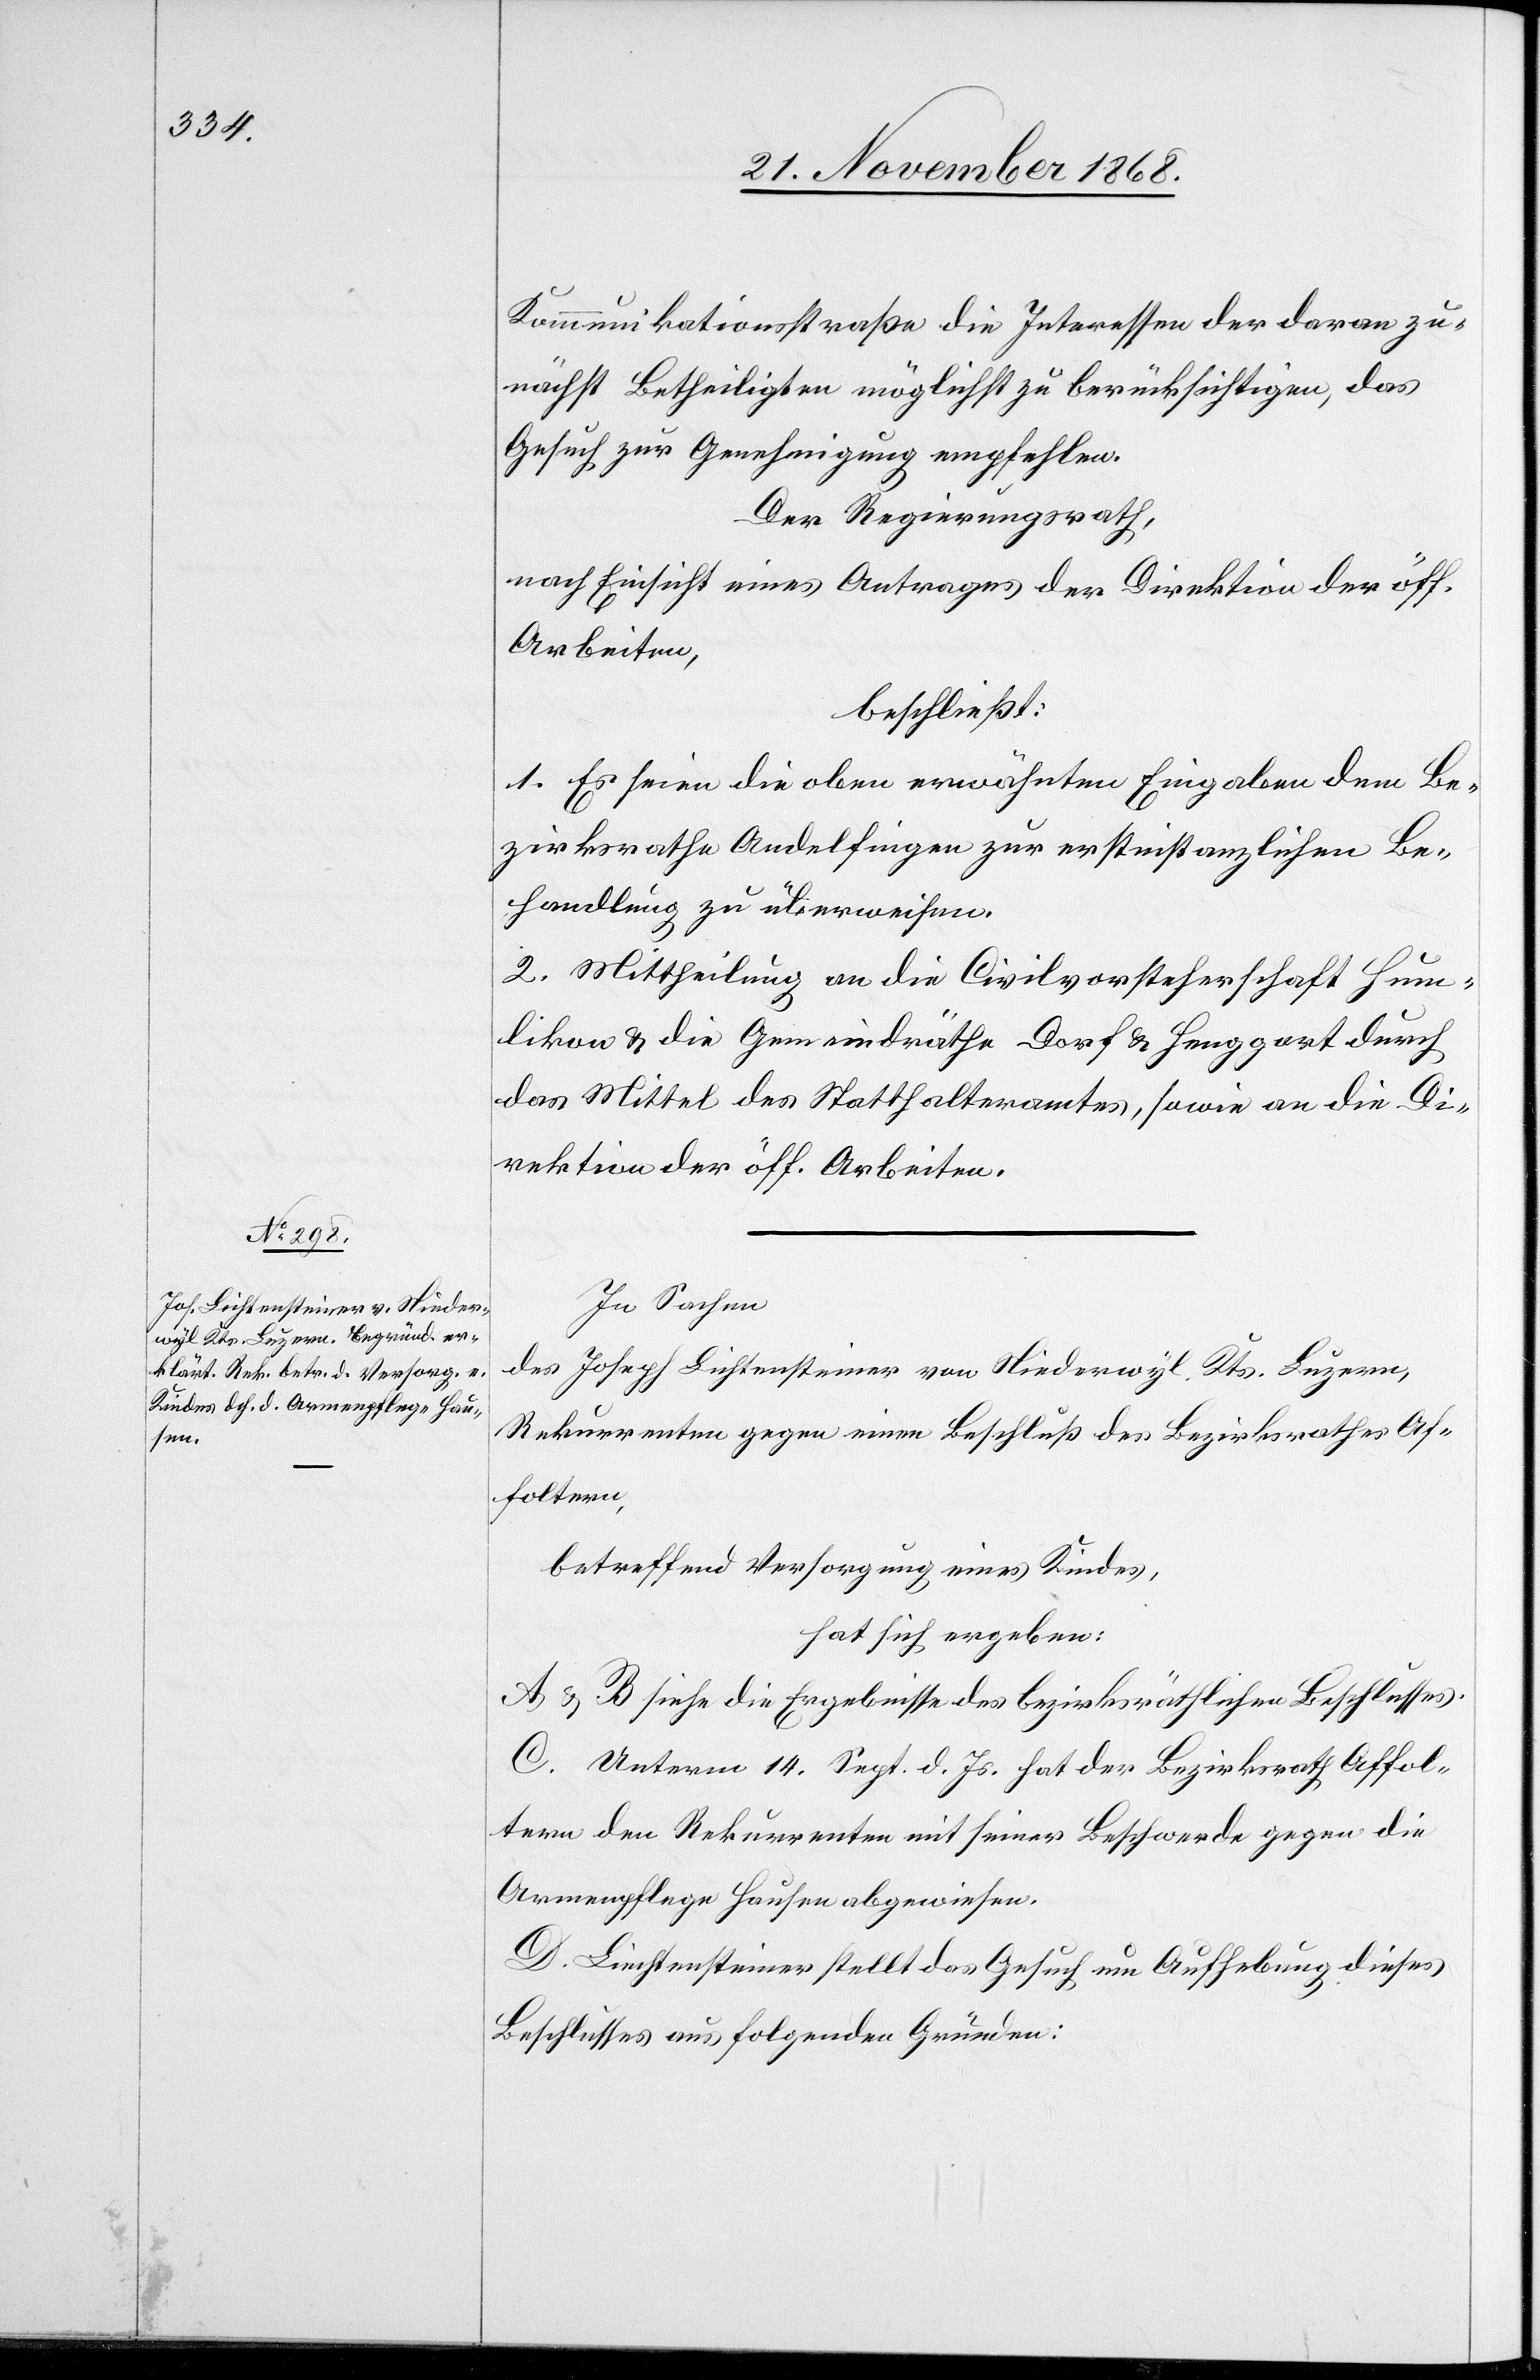
Kommunikationsstraße die Interessen der daran zu¬
nächst Betheiligten möglichst zu berücksichtigen, das
Gesuch zur Genehmigung empfehlen.
Der Regierungsrath,
nach Einsicht eines Antrages der Direktion der öff.
Arbeiten,
beschließt:
1. Es seien die oben erwähnten Eingaben dem Be¬
zirksrathe Andelfingen zur erstinstanzlichen Be¬
handlung zu überweisen.
2. Mittheilung an die Civilvorsteherschaft Hum¬
likon & die Gemeindräthe Dorf & Henggart durch
das Mittel des Statthalteramtes, sowie an die Di¬
rektion der öff. Arbeiten.
In Sachen
des Joseph Lichtensteiner von Niederwyl, Kts. Luzern,
Rekurrenten gegen einen Beschluß des Bezirksrathes Af¬
foltern,
betreffend Versorgung eines Kindes,
hat sich ergeben:
A & B siehe die Ergebnisse des bezirksräthlichen Beschlusses.
C. Unterm 14. Sept. d. Js. hat der Bezirksrath Affol¬
tern den Rekurrenten mit seiner Beschwerde gegen die
Armenpflege Hausen abgewiesen.
D. Liechtensteiner [sic!] stellt das Gesuch um Aufhebung dieses
Beschlusses aus folgenden Gründen: